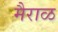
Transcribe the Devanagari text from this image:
मैराळ